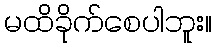
မထိခိုက်စေပါဘူး။